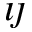
\imath \jmath